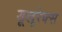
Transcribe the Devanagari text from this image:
डूलूरेक्स